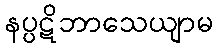
နပ္ပဋိဘာသေယျာမ